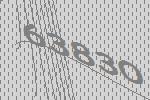
63830